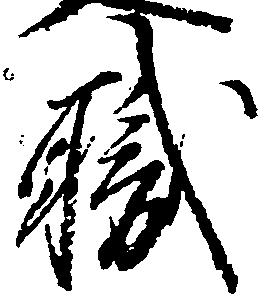
職